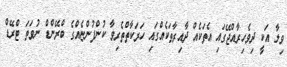
ވިލާ އަކީ ދިވެހިރާއްޖޭގައި އެތަކެއް ދާއިރާތަކެއްގައި ހަރަކާތްތެރިވާ ކުންފުންޏެއްގެ ބްރޭންޑް ނުވަތަ ޓްރޭޑް